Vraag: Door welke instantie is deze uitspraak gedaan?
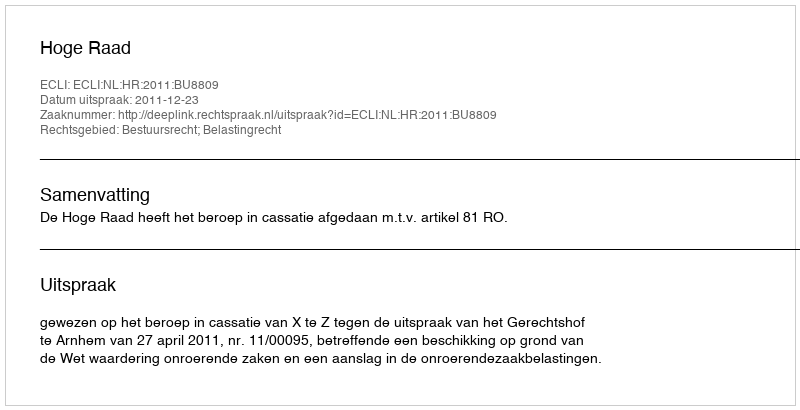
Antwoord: Hoge Raad